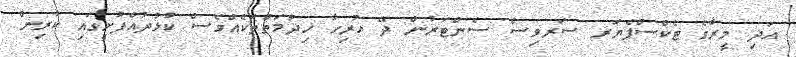
އަދި މީރާގެ ޓެކްސްޕެޔަރ ސަރވިސް ސެންޓަރުން ދޭ ހުރިހާ ޚިދުމަތްތަކެއްވެސް ކުޅުދުއްފުށީގައި ކުރިން